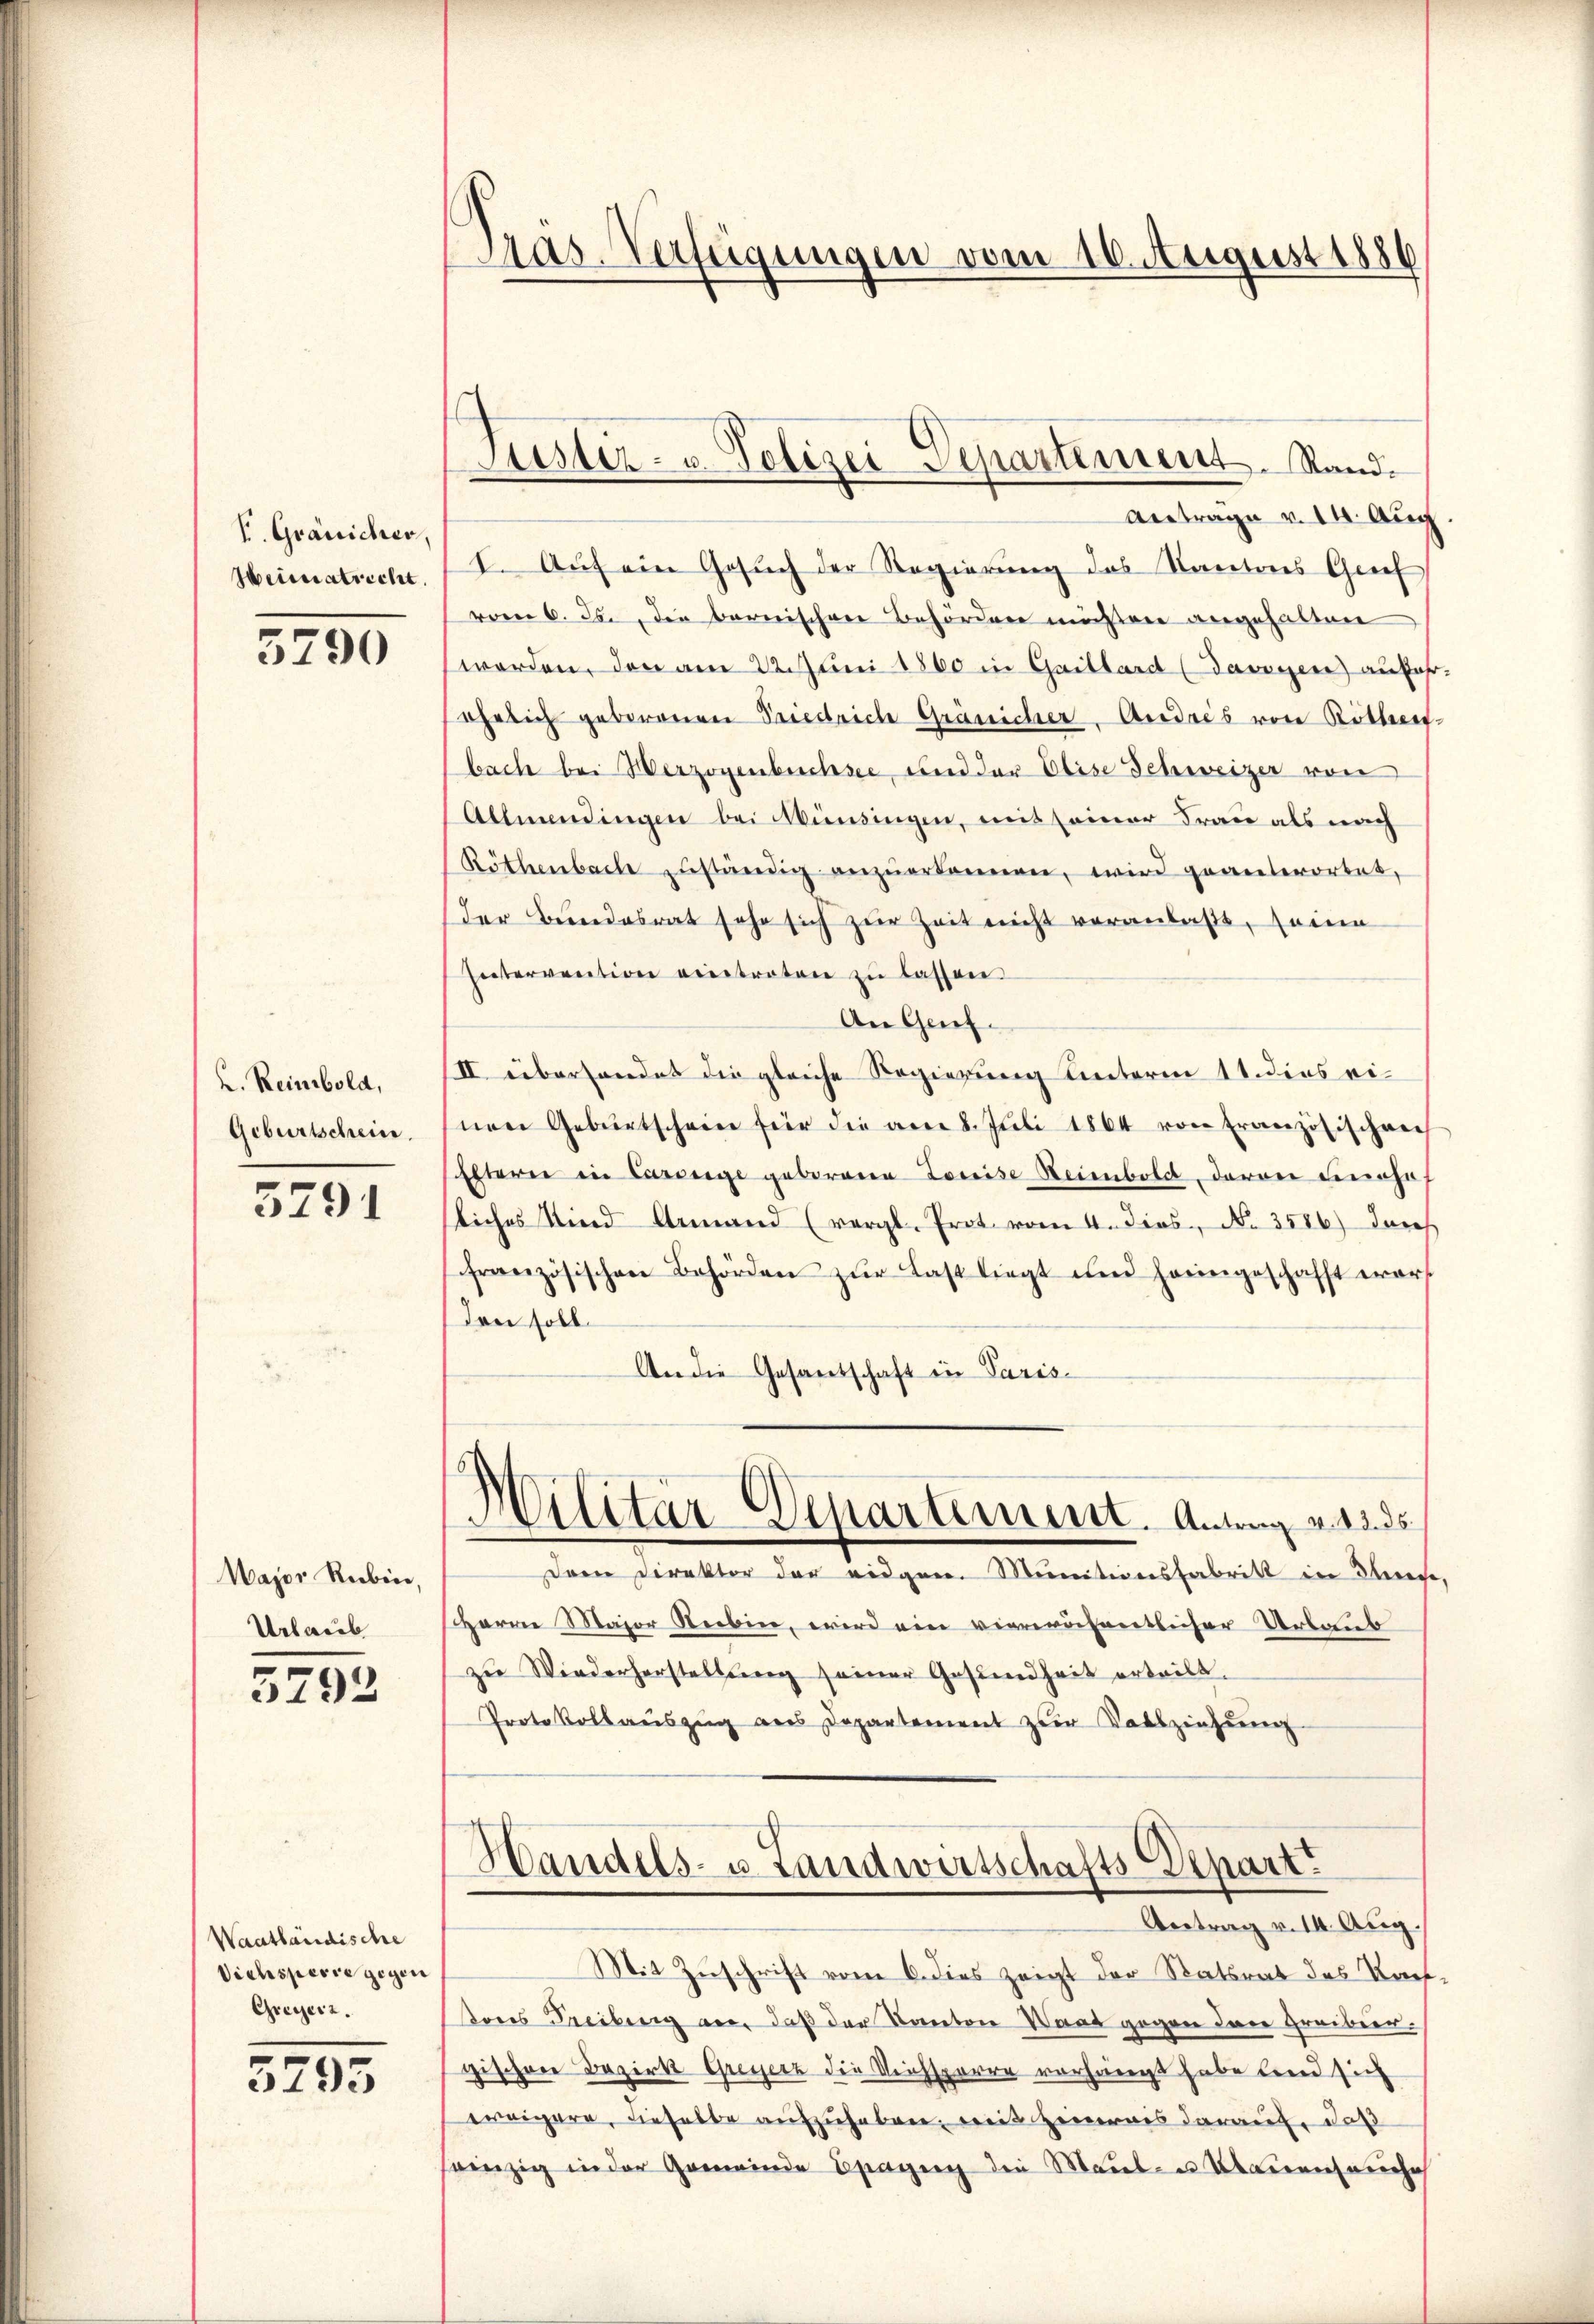
V. Gränicher,
Heimatricht.

3790

L. Reinbold,
Geburtschein.

3791

Wajor Rieben,
Urlaub

3792

Waatländische
Viehsperre gegen
Greyerz.

5795

Pras. Verfügungen vom 10. August 1886

Antrage v. 14. Aug
I. Auf ein Gesuch der Regierung des Kantons Grief
vom 6. Ja, die bernischen Behörden möchten angehalten
worden, den am 22. Juni 1860 in Gaillard (Savoyen anfahr
ähelich geborenen Priedrich Gränicher, Andres von Ritteres-
bache bei Werzogenbuchsee, und der Elise Schweizer von
Allmendingen bei Münsingen, mit seiner Frau als nach
Röthenbach zuständig anzŭerkennen, wird geanterortet,
der Bundesrat sehr sich zur Zeit nicht veranlaßt, seine
Intervention eintreten zu lassen
An Genf.
II. überhandet die gleiche Regierung unterm 11. dies einen Gebŭrtscheine für die vom 8. Juli 1864 von Französischene
Elterer in Casserge geborene Louise Beiebold, davon Finohaf
liches Kind Armand (vergl. Prot. vom 4. dies N. 3586) durch
französischen Behörden zŭr Last liegt und heimgeschafft wars
den soll.
An die Gesandschaft in Paris-
Militär Departement. Antrag v. 3. ds
Der Direktor der eidgen. Munitionsfabritt in Bereche,
Herrn Major Rieben, wird ein viereröfentlicher Urlaub
zu Wiederherstellung seiner Gesundheit ertritt.
Protokollauszug aus Departement zur Vorsziehung
Handels- u. Landwirtschafts Depart.
Antrag v. II. Aug.
Mit Zuschrift vom 6. dies zeigt der Statsrat des Kauf-
ones Freibung an, daß der Kanton Waad gegen den Greibier.
gischen Bezirk Greyerz die Reichsperre vorhangt habe beid sich
weigere, dieselbe aufzuhaben, weit heraus darauf, daß
einzig in der Gemeinde Epagen die Maul- u Maurenseuche

Jüster- u. Polizei Departement. Stand¬